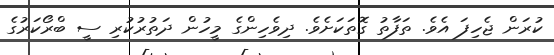
ކުރަން ޖެހިފަ އެވެ. ތަފާތު ގޮތަކަށެވެ. ދިވެހިންގެ މީހުން ދަތުރުކުރި ސީ ބްރޯކަރުގެ